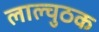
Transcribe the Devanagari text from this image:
लाल्चुठक